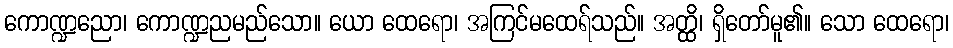
ကောဏ္ဍညော၊ ကောဏ္ဍညမည်သော။ ယော ထေရော၊ အကြင်မထေရ်သည်။ အတ္ထိ၊ ရှိတော်မူ၏။ သော ထေရော၊